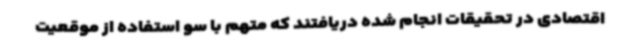
اقتصادی در تحقیقات انجام شده دریافتند که متهم با سو استفاده از موقعیت